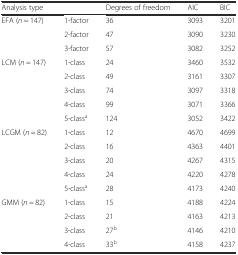
<table><thead><tr><td><b>Analysis type</b></td><td></td><td><b>Degrees of freedom</b></td><td><b>AIC</b></td><td><b>BIC</b></td></tr></thead><tbody><tr><td rowspan="3">EFA (<i>n</i> = 147)</td><td>1-factor</td><td>36</td><td>3093</td><td>3201</td></tr><tr><td>2-factor</td><td>47</td><td>3090</td><td>3230</td></tr><tr><td>3-factor</td><td>57</td><td>3082</td><td>3252</td></tr><tr><td rowspan="5">LCM (<i>n</i> = 147)</td><td>1-class</td><td>24</td><td>3460</td><td>3532</td></tr><tr><td>2-class</td><td>49</td><td>3161</td><td>3307</td></tr><tr><td>3-class</td><td>74</td><td>3097</td><td>3318</td></tr><tr><td>4-class</td><td>99</td><td>3071</td><td>3366</td></tr><tr><td>5-class<sup>a</sup></td><td>124</td><td>3052</td><td>3422</td></tr><tr><td rowspan="5">LCGM (<i>n</i> = 82)</td><td>1-class</td><td>12</td><td>4670</td><td>4699</td></tr><tr><td>2-class</td><td>16</td><td>4363</td><td>4401</td></tr><tr><td>3-class</td><td>20</td><td>4267</td><td>4315</td></tr><tr><td>4-class</td><td>24</td><td>4220</td><td>4278</td></tr><tr><td>5-class<sup>a</sup></td><td>28</td><td>4173</td><td>4240</td></tr><tr><td rowspan="4">GMM (<i>n</i> = 82)</td><td>1-class</td><td>15</td><td>4188</td><td>4224</td></tr><tr><td>2-class</td><td>21</td><td>4163</td><td>4213</td></tr><tr><td>3-class</td><td>27<sup>b</sup></td><td>4146</td><td>4210</td></tr><tr><td>4-class</td><td>33<sup>b</sup></td><td>4158</td><td>4237</td></tr></tbody></table>